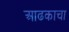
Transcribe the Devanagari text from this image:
आढकाचा